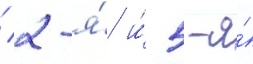
/ 2-я́ и́ 5-я́